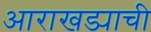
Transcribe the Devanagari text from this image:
आराखड्याची